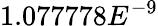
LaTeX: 1.077778E^{-9}